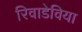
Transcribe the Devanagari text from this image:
रिवाडेविया